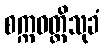
စက္ကဝတ္တိသုခံ